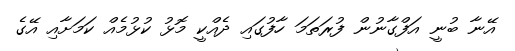
އޭނާ ބުނީ އަފްގާނުން ފުރަތަމަ ހާފުގައި ދެއްކީ މޮޅު ކުޅުމެއް ކަމަށާއި އޭގެ